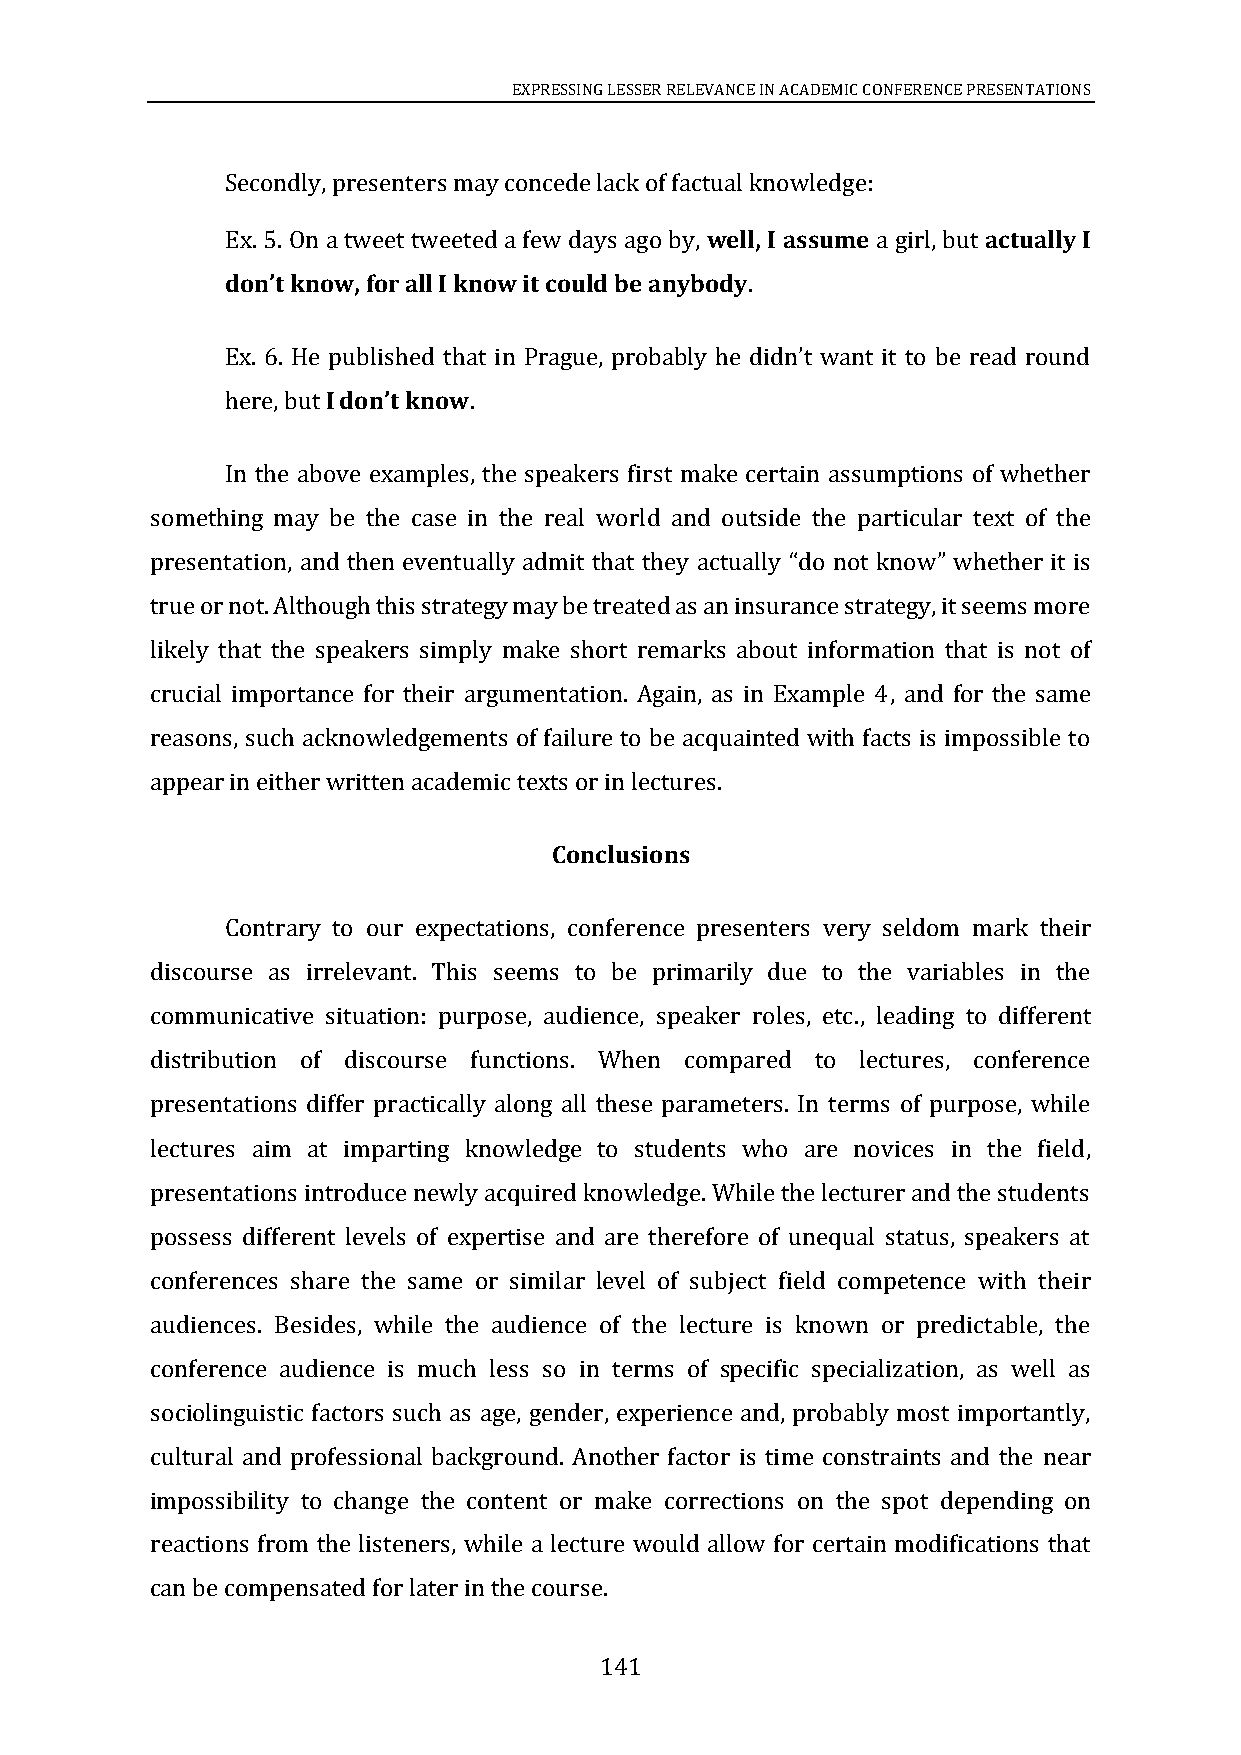
EXPRESSING LESSER RELEVANCE IN ACADEMIC CONFERENCE PRESENTATIONS
 Secondly, presenters may concede lack of factual knowledge:
 Ex. 5. On a tweet tweeted a few days ago by, well, I assume a girl, but actually I
 don’t know, for all I know it could be anybody.
 Ex. 6. He published that in Prague, probably he didn’t want it to be read round
 here, but I don’t know.
 In the above examples, the speakers first make certain assumptions of whether
 something may be the case in the real world and outside the particular text of the
 presentation, and then eventually admit that they actually “do not know” whether it is
 true or not. Although this strategy may be treated as an insurance strategy, it seems more
 likely that the speakers simply make short remarks about information that is not of
 crucial importance for their argumentation. Again, as in Example 4, and for the same
 reasons, such acknowledgements of failure to be acquainted with facts is impossible to
 appear in either written academic texts or in lectures.
 Conclusions
 Contrary to our expectations, conference presenters very seldom mark their
 discourse as irrelevant. This seems to be primarily due to the variables in the
 communicative situation: purpose, audience, speaker roles, etc., leading to different
 distribution of discourse functions. When compared to lectures, conference
 presentations differ practically along all these parameters. In terms of purpose, while
 lectures aim at imparting knowledge to students who are novices in the field,
 presentations introduce newly acquired knowledge. While the lecturer and the students
 possess different levels of expertise and are therefore of unequal status, speakers at
 conferences share the same or similar level of subject field competence with their
 audiences. Besides, while the audience of the lecture is known or predictable, the
 conference audience is much less so in terms of specific specialization, as well as
 sociolinguistic factors such as age, gender, experience and, probably most importantly,
 cultural and professional background. Another factor is time constraints and the near
 impossibility to change the content or make corrections on the spot depending on
 reactions from the listeners, while a lecture would allow for certain modifications that
 can be compensated for later in the course.
 141